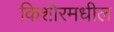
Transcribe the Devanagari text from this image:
किशोरमधील